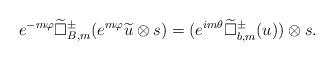
LaTeX: \begin{align*} e^{-m\varphi}\widetilde\Box^{\pm}_{B,m}(e^{m\varphi}\widetilde u\otimes s)=(e^{im\theta}\widetilde{\Box}^{\pm}_{b,m}(u))\otimes s.\end{align*}